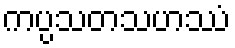
ကပ္ပသတသဟဿံ